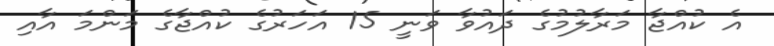
އެ ކުއްޖާ މަރާލުމުގެ ދައުވާ ވަނީ 15 އަހަރުގެ ކުއްޖާގެ މަންމަ އާއި